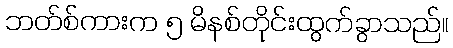
ဘတ်စ်ကားက ၅ မိနစ်တိုင်းထွက်ခွာသည်။